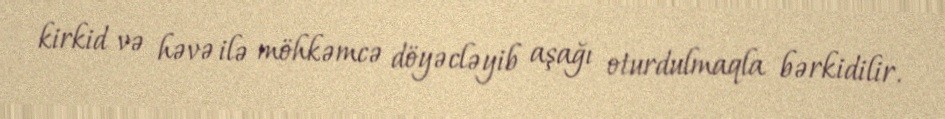
kirkid və həvə ilə möhkəmcə döyəcləyib aşağı oturdulmaqla bərkidilir.